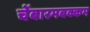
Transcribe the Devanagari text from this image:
चेंबारमबक्कम